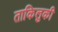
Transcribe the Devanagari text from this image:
ताकिलुकी